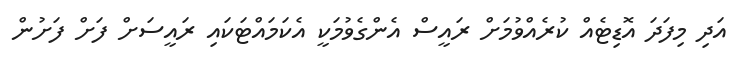
އަދި މިފަދަ އޮޑިޓެއް ކުރެއްވުމަށް ރައީސް އެންގެވުމަކީ އެކަމައްޓަކައި ރައީސަށް ފަށް ފަށުން